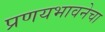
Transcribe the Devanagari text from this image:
प्रणयभावनेचा